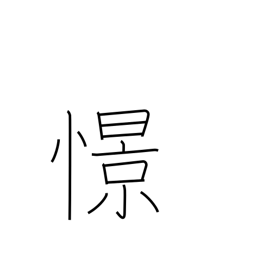
Meaning: yearn for